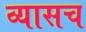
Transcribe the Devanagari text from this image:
व्यासच